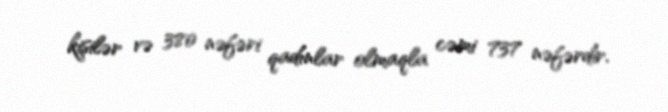
kişilər və 380 nəfəri qadınlar olmaqla cəmi 737 nəfərdir.